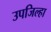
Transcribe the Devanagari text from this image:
उपजिल्हा